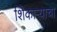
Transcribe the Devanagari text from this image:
शिकाऱ्याचा